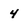
Character: 4